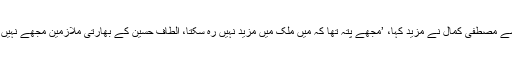
‘‘ اس حوالے سے مصطفیٰ کمال نے مزید کہا، ’مجھے پتہ تھا کہ میں ملک میں مزید نہیں رہ سکتا، الطاف حسین کے بھارتی ملازمین مجھے نہیں چھوڑیں گے‘۔